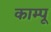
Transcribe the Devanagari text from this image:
काम्पू